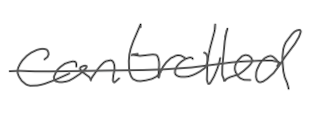
Text: controlled
Cross-out: single-line
Writing tool: digital_gray